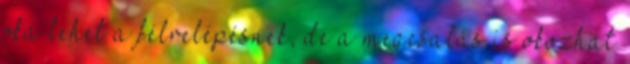
oka lehet a félrelépésnek, de a megcsalás is okozhat